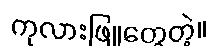
ကုလားဖြူတွေတဲ့။